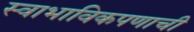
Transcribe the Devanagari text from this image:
स्वाभाविकपणाची